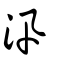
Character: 汛